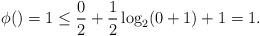
LaTeX: \begin{align*}\phi() = 1 \leq \frac{0}{2} + \frac{1}{2} \log_2(0 + 1) + 1 = 1.\end{align*}